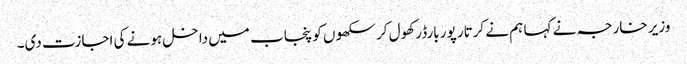
وزیر خارجہ نے کہا ہم نے کرتار پور بارڈر کھول کر سکھوں کو پنجاب میں داخل ہونے کی اجازت دی۔